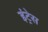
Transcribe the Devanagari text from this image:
इंट्रेस